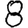
Digit: 8